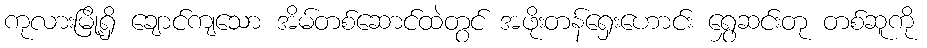
ကုလားမြို့ရှိ ချောင်ကျသော အိမ်တစ်ဆောင်ထဲတွင် အဖိုးတန်ရှေးဟောင်း ရွှေဆင်းတု တစ်ဆူကို